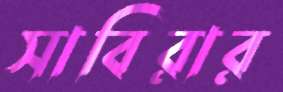
সাবিরার